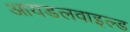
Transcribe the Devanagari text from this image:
आयडलवाइल्ड